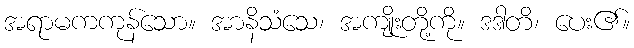
အရာမကကုန်သော။ အာနိသံသေ၊ အကျိုးတို့ကို။ ဒဒါတိ၊ ပေး၏။